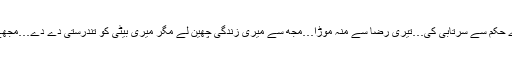
ساری عمر تیرے حکم سے سرتابی کی…تیری رضا سے منہ موڑا…مجھ سے میری زندگی چھین لے مگر میری بیٹی کو تندرستی دے دے…مجھے معاف کر دے۔